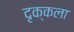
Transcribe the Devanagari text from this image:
दृक्‌कला